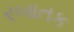
રબાતક